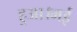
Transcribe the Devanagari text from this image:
हुआ।मई